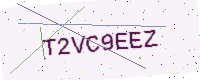
Text: T2VC9EEZ